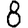
Digit: 8